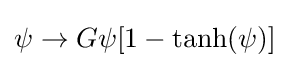
\psi \rightarrow G\psi [1-\tanh(\psi )]